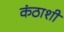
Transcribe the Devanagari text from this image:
कंठाशी